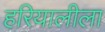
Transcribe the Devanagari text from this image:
हरियालीला